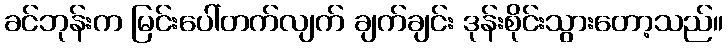
ခင်ဘုန်းက မြင်းပေါ်တက်လျက် ချက်ချင်း ဒုန်းစိုင်းသွားတော့သည်။